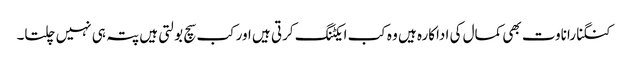
کنگنا راناوت بھی کمال کی اداکارہ ہیں وہ کب ایکٹنگ کرتی ہیں اور کب سچ بولتی ہیں پتہ ہی نہیں چلتا۔